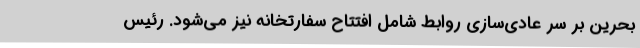
بحرین بر سر عادی‌سازی روابط شامل افتتاح سفارتخانه نیز می‌شود. رئیس